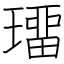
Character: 璢